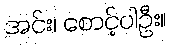
အင်း၊ စောင့်ပါဦး။